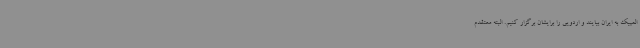
المپیک به ایران بیایند و اردویی را برایشان برگزار کنیم. البته معتقدم